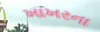
ખાખરના